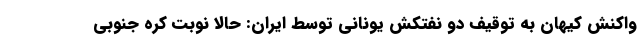
واکنش کیهان به توقیف دو نفتکش یونانی توسط ایران: حالا نوبت کره جنوبی